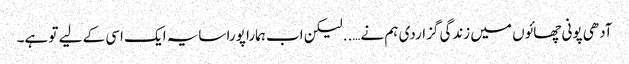
آدھی پونی چھائوں میں زندگی گزاردی ہم نے…..لیکن اب ہمارا پورا سایہ ایک اسی کے لیے تو ہے۔